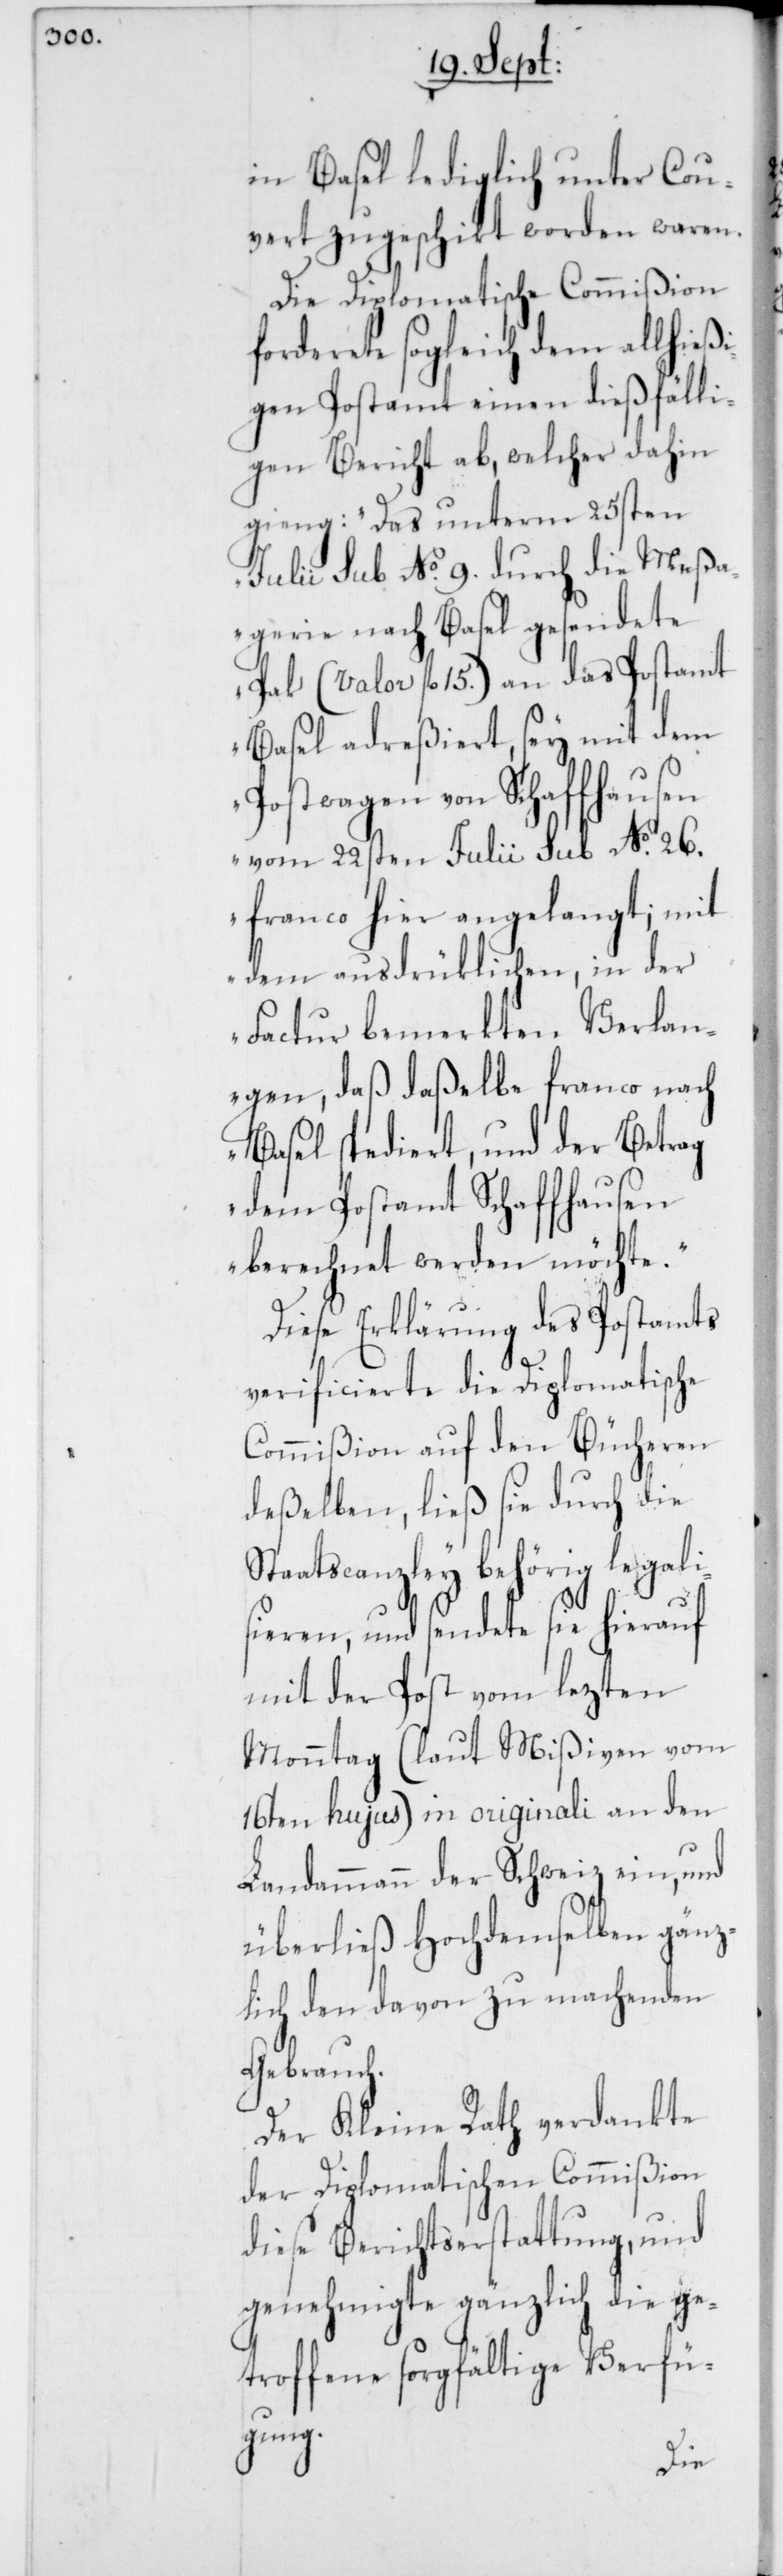
in Basel lediglich unter Cou¬
vert zugeschikt worden waren.
Die Diplomatische Commißion
forderete sogleich dem allhieß¬
igen Postamt einen dießfälli¬
gen Bericht ab, welcher dahin
gieng: „Das unterm 25sten
Julii sub No. 9. durch die Meßa¬
gerie nach Basel gesendete
Pak (Valor fl. 15.) an das Postamt
Basel adreßiert, sey mit dem
Postwagen von Schaffhausen
vom 22sten Julii sub No. 26.
franco hier angelangt; mit
dem ausdrüklichen, in der
Factur bemerkten Verlan¬
gen, daß daßelbe franco nach
Basel spediert, und der Betrag
dem Postamt Schaffhausen
berechnet werden möchte.“
Diese Erklärung des Postamts
S¬
verificierte die Diplomatische
Commißion auf den Bücheren
deßelben, ließ sie durch die
taatscanzley behörig legali¬
sieren, und sendete sie hierauf
mit der Post vom lezten
Monntag (laut Mißiven vom
16ten hujus) in originali an den
Landammann der Schweiz ein, und
überließ Hochdemselben gänz¬
lich den davon zu machenden
Gebrauch.
Der Kleine Rath verdankte
der Diplomatischen Commißion
diese Berichtserstattung, und
genehmigte gänzlich die ge¬
troffene sorgfältige Verfü¬
gung.